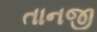
તાનજી